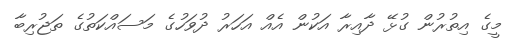
މީގެ އިތުރުން ގުޅޭ ދާއިރާ އަކުން އެއް އަހަރު ދުވަހުގެ މަސައްކަތުގެ ތަޖުރިބާ